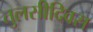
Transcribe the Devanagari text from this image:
तुलसीदिवस